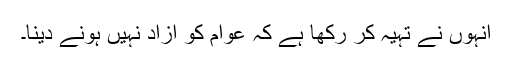
انہوں نے تہیہ کر رکھا ہے کہ عوام کو آزاد نہیں ہونے دینا۔